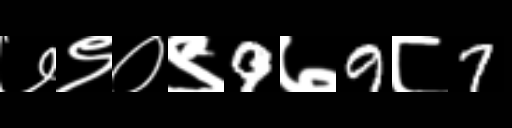
Text: ७९०९9७9८7